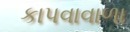
કાપવાવાળા